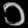
Digit: ၁